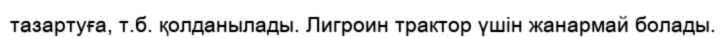
тазартуға, т.б. қолданылады. Лигроин трактор үшін жанармай болады.